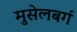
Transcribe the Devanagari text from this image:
मुसेलबर्ग